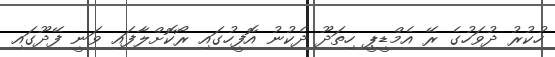
ހުކުރު ދުވަހުގެ ރޭ އެމްޑީޕީ ހިތަދޫ ދެކުނު އޮފީހުގައި ރޯކޮށްލާފައި ވަނީ ފޭދޫގައި